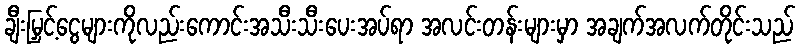
ချီးမြှင့်ငွေများကိုလည်းကောင်းအသီးသီးပေးအပ်ရာ အလင်းတန်းများမှာ အချက်အလက်တိုင်းသည်